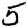
Digit: 5